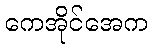
ကေအိုင်အေက